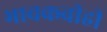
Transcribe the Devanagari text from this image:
भावकवीही